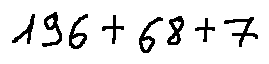
1 9 6 + 6 8 + 7